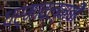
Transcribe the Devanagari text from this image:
धर्मावल्म्बी